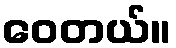
ဝေတယ်။